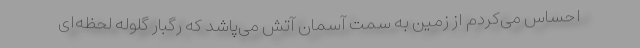
احساس می‌کردم از زمین به سمت آسمان آتش می‌پاشد که رگبار گلوله لحظه‌ای